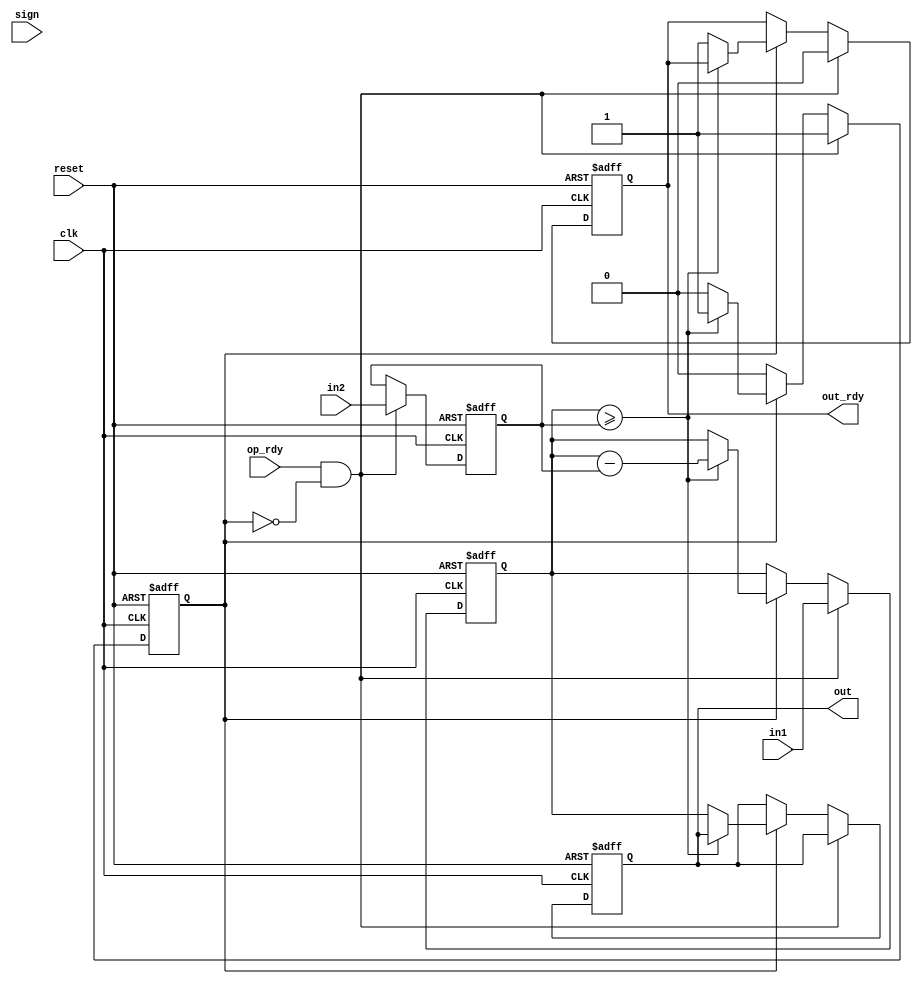
module mod_operationrsa(
    input clk,
    input reset,
    input sign,
    input op_rdy,
    input [255:0] in1,
    input [255:0] in2,
    output reg [255:0] out,
    output reg out_rdy
);
    reg [255:0] tmp1;
    reg [255:0] tmp2;
    reg start;

    always @(posedge clk or negedge reset) begin
        if (~reset) begin
            out <= 256'd0;
            out_rdy <= 1'b0;
            tmp1 <= 256'd0;
            tmp2 <= 256'd0;
            start <= 1'b0;
        end else if (op_rdy && ~start) begin
            tmp1 <= in1;
            tmp2 <= in2;
            start <= 1'b1;
            out_rdy <= 1'b0;
        end else if (start) begin
            if (tmp1 >= tmp2) begin
                tmp1 <= tmp1 - tmp2;
            end else begin
                out <= tmp1;
                out_rdy <= 1'b1;
                start <= 1'b0; // Stop the operation
            end
        end
    end
endmodule